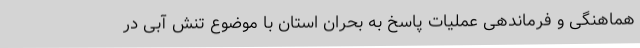
هماهنگی و فرماندهی عملیات پاسخ به بحران استان با موضوع تنش آبی در